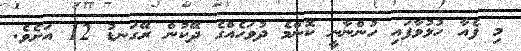
މި ފެއާ ހުޅުވާފައި ހުންނާނީ ކޮންމެ ދުވަހެއްގެ ދޭކުން ރޭގަނޑު 12 އަށެވެ.